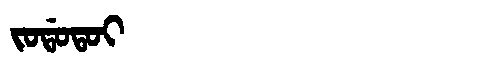
Manchu: ᠵᠣᡩᠣᡨᠣᡳ
Romanization: JODOTOI